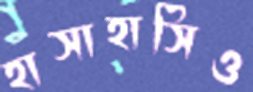
হাসাহাসিও